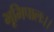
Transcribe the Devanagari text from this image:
भूमिपालः।।